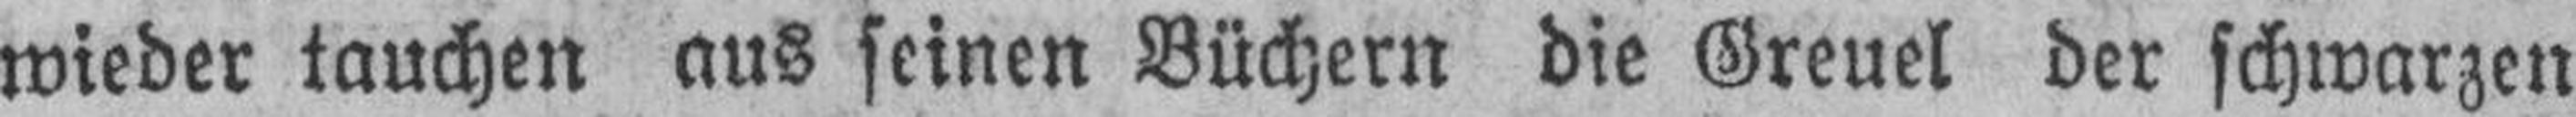
wieder tauchen aus seinen Büchern die Greuel der schwarzen